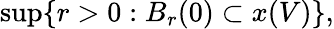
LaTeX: \operatorname*{sup}\{ r>0:B_{r}(0)\subset x(V)\} ,